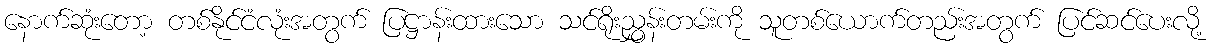
နောက်ဆုံးတော့ တစ်နိုင်ငံလုံးအတွက် ပြဋ္ဌာန်းထားသော သင်ရိုးညွှန်းတမ်းကို သူတစ်ယောက်တည်းအတွက် ပြင်ဆင်ပေးလို့